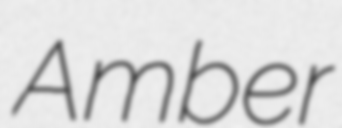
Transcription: Amber